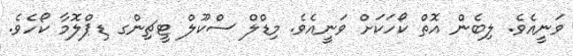
ވަނީއެވެ. ލިބެން އޮތް ކޯހަކަށް ވަނީއެވެ. މިޑްލް ސްކޫލް ޓީޗިންގ ޑިޕްލޮމާ ކޯހެވެ.